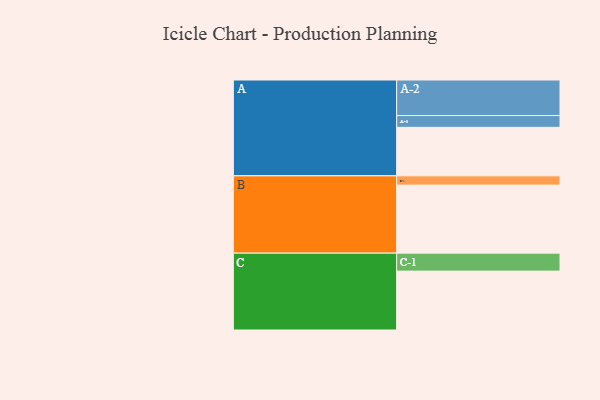
{"axis": {"x": "Segment", "y": "Value"}, "legend": ["", "A", "B", "C"], "data": [{"x": "A", "y": 345, "type": ""}, {"x": "B", "y": 484, "type": ""}, {"x": "C", "y": 419, "type": ""}, {"x": "A-1", "y": 84, "type": "A"}, {"x": "A-2", "y": 253, "type": "A"}, {"x": "B-1", "y": 66, "type": "B"}, {"x": "C-1", "y": 128, "type": "C"}]}